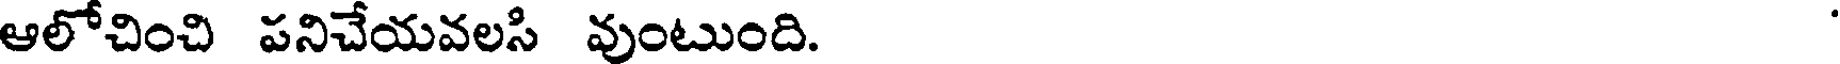
ఆలోచించి పనిచేయవలసి వుంటుంది.